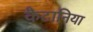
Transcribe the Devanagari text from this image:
कैटानिया